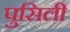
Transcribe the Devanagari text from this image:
पुसिली